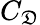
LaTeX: C_{\mathfrak{D}}